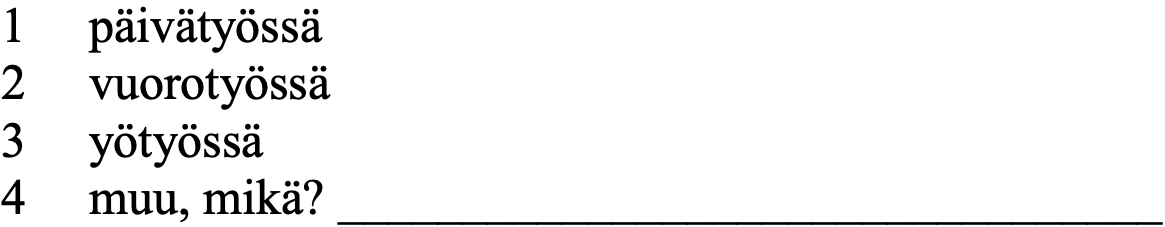
1  päivätyössä 2  vuorotyössä 3  yötyössä 4  muu, mikä? _________________________________